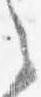
之